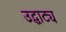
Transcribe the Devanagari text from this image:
उद्घाट्य